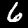
Label: 6